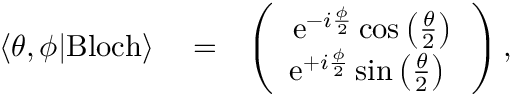
\begin{array} { r l r } { \langle \theta , \phi | \mathrm { B l o c h } \rangle } & { { } = } & { \left( \begin{array} { c } { \mathrm { e } ^ { - i \frac { \phi } { 2 } } \cos \left( \frac { \theta } { 2 } \right) } \\ { \mathrm { e } ^ { + i \frac { \phi } { 2 } } \sin \left( \frac { \theta } { 2 } \right) \ } \end{array} \right) , } \end{array}